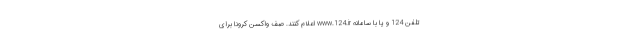
تلفن 124 و یا با سامانه www.124.ir اعلام کنند. صف واکسن کرونا برای